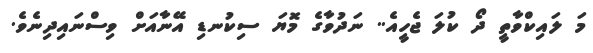
މަ ލައިކްވާތީ ދޯ ކުލަ ޖެހީއެ.. ނަދުވާގެ މޮޔަ ސިކުނޑި އޭނާއަށް ވިސްނައިދިނެވެ.